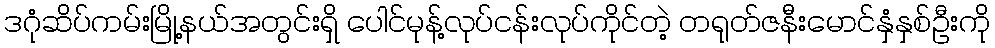
ဒဂုံဆိပ်ကမ်းမြို့နယ်အတွင်းရှိ ပေါင်မုန့်လုပ်ငန်းလုပ်ကိုင်တဲ့ တရုတ်ဇနီးမောင်နှံနှစ်ဦးကို